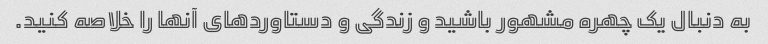
به دنبال یک چهره مشهور باشید و زندگی و دستاوردهای آنها را خلاصه کنید.